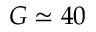
G \simeq 4 0